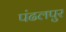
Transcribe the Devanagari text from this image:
पंढलपुर